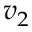
v _ { 2 }